Papers set at the Examination for Leaving Certificates, 1895
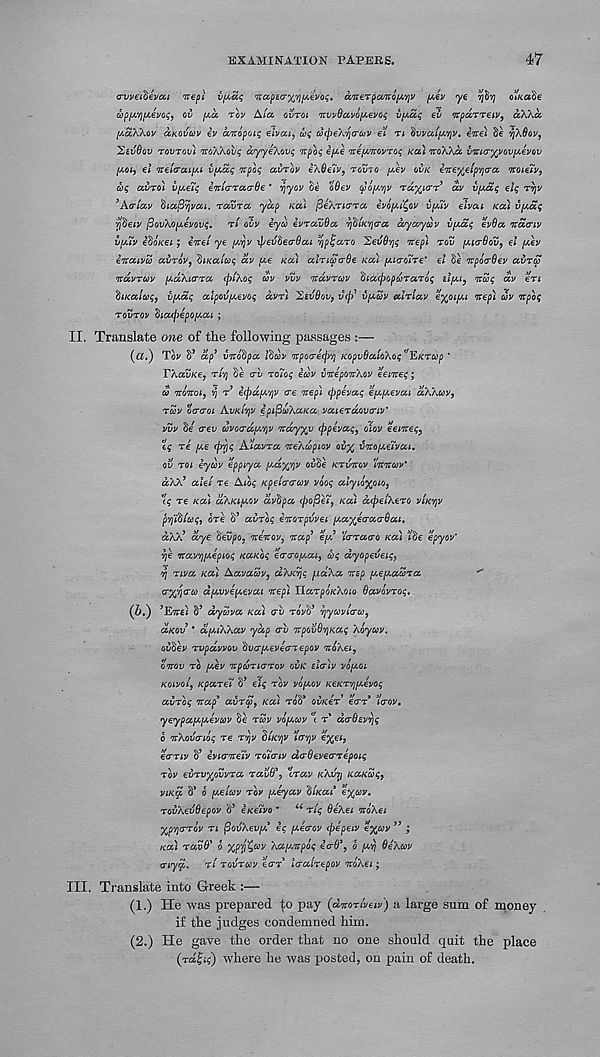
EXAMINATION PAPERS.
47
o-vveifiei/cu ivepl iif^ecq uccpaax'/i^evoq. aireTpcvKQiArjV (A€U ye Tj^Yj oi/taSe
wp[XYHA.evoq, ov [ao, tov A/a ovroi irwOccvofAevo^ i)[AcL<; ei) Tcpdrreiv, aXkcc
y.ScXXov ockovcov iv anopoit; elvcu, ux; cocpeX' /jo-toV et ri §vvcci[AV)V t ine) Se Y]\Sov,
^evOov tovtov) 'jroWovq ayyeXovq npoq e/xe TvefAnvovToq Ka) itoXXa. virKr^voviAevov
[aoi, ei netcrcufAi v[/,ccq npoq avrov iX$e7v 9 tovtq [agv qvk eTre^e/^ca Troieiv,
coq avroi vpeiq enicrrua-Oe * 'fjyov 5e oOev cpo[A’/jv Tuy^to-T ccv vpiaq eiq rvjv
’Atriav fiioi/Svjj/cu. ravrcc yap koi [SeXricrra ivofA^ov v[a7v eivai Ka'i v[Aaq
Yj^eiv (3ovXo[A6vovq. rt ovv iyoo evravda vj^ikyjo-cc ayayuv v[Aaq evBa Ytacnv
v(a7v eboKei; enet ye [Ay}v xpevtiecrBai YjpljaTo 'ZevBviq nepi tov [Ai(r6ov 9 ei [Aev
iiraivu avrov 9 fiiKaiaq av [Ae kou ainSa-Be Ka'i iAiao7re' ei Se nrpcxrQev avra
ivdvTuv [AccXurra (piXoq uv vvv itavruv dtacpopdraToq tifAi 9 ntuq dv en
fiiKalaq, vfAaq aipov/Aevoq dvr) 2iv$ov 9 v(p' v(auv air lav €%oi/ai nep), uv itpoq
tovtov diafjiepofAai ;
II. Translate one of the following passages :—
(a.) Tov S’ dp 3 v7ro$pa iduv 7tpo<xe(p' /) KopvOaloXoq^llKTCop ’
TXavKe 9 tiy] Se <rv ro7oq ecov v7repo%Xov eemeq;
d 7t07roi 9 ’q t i(pd(A'/)V ere irep) (ppevaq €[A[Aevai aXXuv 9
tuv ocrcroL AvkI'/jv ipifiuXaKa vaieTaovcriv'
vvv $e rev uvocrdfAYjv Tray^v (j)pevaq 9 olov eei7veq 9
%q re (Ae (pYjq AdlavTa neXcopiov ovy^ VTV0iAe7vai.
ov toi eycov epptya [Aay(Y)V ov$e ktvtvqv 'itctcuv*
dXX 9 aiei re Aibq Kpelcrcruv vooq aiyioyflio 9
'iq Te Kodi dXKLfAOV dvdpa (pofieiy koI dtpelXeTO vIkyjv
pYj'tiiaq, ore $’ avToq eiroTpvvei [Aa^earacrBai,
dXX’ dye $evpo 9 nenov, Trap 3 e/A 3 icrTacro Ka'i 7$e epyov’
Yje 7tav'/)[Aepioq KaKoq e<r(70[Aai 9 aq dyopeveiq,
y\ Tiva Kai AavaZv 9 dXKYjq fiaXa nep [AefAauTa
**
<r%Yi<rc0 dfAvvepevai itepi YiaTpoKXoio OavovToq.
(bd) ’Ett*! dyZva Kai av Tovt 3 Yiyodvl<Too 9
aKQv * dfAiXXav yap <rv TtpovBYjKaq Xoyuv.
otJSev Tvpdvvov $V(T[Aeve(n€pov 7ioXei 9
OTTOV TO [Aev 7Zpd}Ti(TT0V OVK sicriv VOfAOl
Kotvot, KpaTe7 $ 3 elq tov vo[aov KeKT' /jfAevoq
avToq nap* avrep, Kai Toh* ovKer eo~T* ’Icrov,
yeypa[A[Aevcov $e tuv vo[aoov't t* daBevviq
o nXovcrioq Te ty\v diKYjv i'vYjv e%e*,
ecrriv S’ evicnteiv tq7ctiv dtrOeveo-repoiq
tov evTvypvvTa Tav9* 9 crav kXvyj KaKaq 9
viko. 8* o [Aeiccv tov [Aeyav diKad eypv.
TovXevdepov $ 3 eKeivo * 66 Tiq OeXei noXet
Xp'fjcrTov ti fiovXevfA* eq [Aecrov (pepeiv eyjuv 33 ;
Kai Tav0* o XPV&v Xa/Airpoq eaB* 9 o [A' /j BeXcov
viyq,. tI tqvtoov qctt Icralrepov TtoXei;
III. Translate into Greek :—
(1.) He was prepared |o pay (dnonveiv) a large sum of money
if the judges condemned him.
(2.) He gave the order that no one should quit the place
(rd^iq) where he was posted, on pain of death.